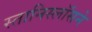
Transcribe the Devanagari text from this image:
स्तानिस्लॉसने